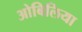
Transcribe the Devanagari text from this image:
ओबिलिया